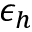
\epsilon _ { h }